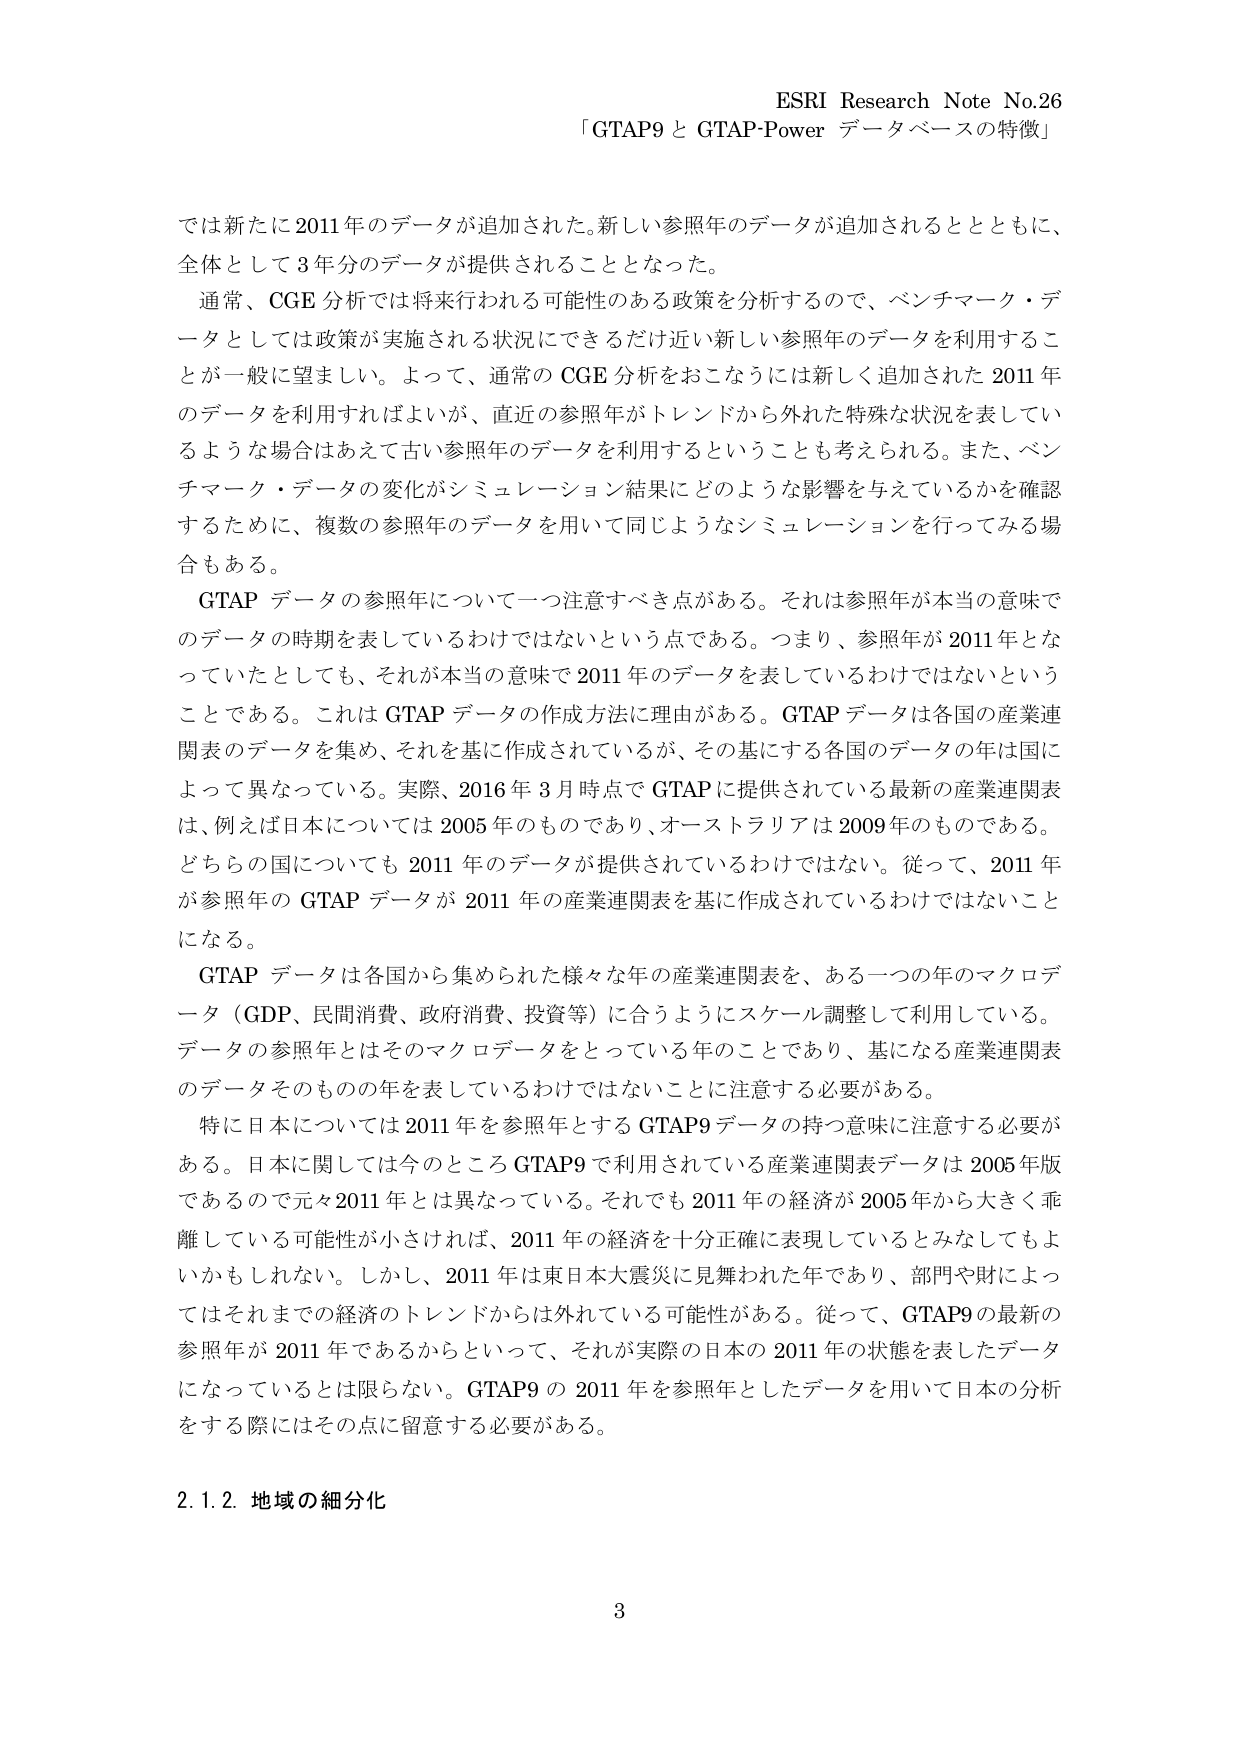
ESRI Research Note No.26
「GTAP9 と GTAP-Power データベースの特徴」

では新たに2011年のデータが追加された。新しい参照年のデータが追加されるととともに、
全体として3年分のデータが提供されることとなった。

通常、CGE分析では将来行われる可能性のある政策を分析するので、ベンチマーク・データとしては政策が実施される状況にできるだけ近い新しい参照年のデータを利用することが一般に望ましい。よって、通常のCGE分析をおこなうには新しく追加された2011年のデータを利用すればよいが、直近の参照年がトレンドから外れた特殊な状況を表しているような場合はあえて古い参照年のデータを利用するということも考えられる。また、ベンチマーク・データの変化がシミュレーション結果にどのような影響を与えているかを確認するために、複数の参照年のデータを用いて同じようなシミュレーションを行ってみる場合もある。

GTAPデータの参照年について一つ注意すべき点がある。それは参照年が本当の意味でのデータの時期を表しているわけではないという点である。つまり、参照年が2011年となっていたとしても、それが本当の意味で2011年のデータを表しているわけではないということである。これはGTAPデータの作成方法に理由がある。GTAPデータは各国の産業連関表のデータを集め、それを基に作成されているが、その基にする各国のデータの年は国によって異なっている。実際、2016年3月時点でGTAPに提供されている最新の産業連関表は、例えば日本については2005年のものであり、オーストラリアは2009年のものである。どちらの国についても2011年のデータが提供されているわけではない。従って、2011年が参照年のGTAPデータが2011年の産業連関表を基に作成されているわけではないことになる。

GTAPデータは各国から集められた様々な年の産業連関表を、ある一つの年のマクロデータ（GDP、民間消費、政府消費、投資等）に合うようにスケール調整して利用している。データの参照年とはそのマクロデータをとっている年のことであり、基になる産業連関表のデータそのものの年を表しているわけではないことに注意する必要がある。

特に日本については2011年を参照年とするGTAP9データの持つ意味に注意する必要がある。日本に関しては今のところGTAP9で利用されている産業連関表データは2005年版であるので元々2011年とは異なっている。それでも2011年の経済が2005年から大きく乖離している可能性が小さければ、2011年の経済を十分正確に表現しているとみなしてもよいかもしれない。しかし、2011年は東日本大震災に見舞われた年であり、部門や財によってはそれまでの経済のトレンドからは外れている可能性がある。従って、GTAP9の最新の参照年が2011年であるからといって、それが実際の日本の2011年の状態を表したデータになっているとは限らない。GTAP9の2011年を参照年としたデータを用いて日本の分析をする際にはその点に留意する必要がある。

2.1.2 地域の細分化

3